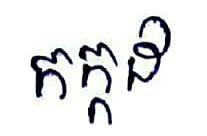
កក្កដ